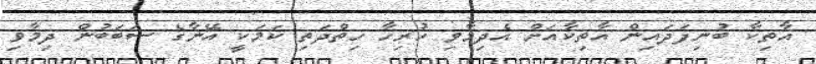
އާތިކާ ބުނިފަދަައިން އާތިކާއަށް އެދިމާވި ހުރިހާ ހިތްދަތި ކަމަކީ އޭނާގެ ސަބަބުން ދިމާވި